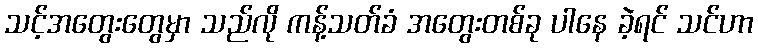
သင့်အတွေးတွေမှာ သည်လို ကန့်သတ်ခံ အတွေးတစ်ခု ပါနေ ခဲ့ရင် သင်ဟာ